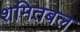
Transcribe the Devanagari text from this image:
शमितबल